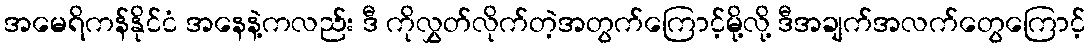
အမေရိကန်နိုင်ငံ အနေနဲ့ကလည်း ဒီ ကိုလွှတ်လိုက်တဲ့အတွက်ကြောင့်မို့လို့ ဒီအချက်အလက်တွေကြောင့်